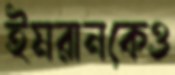
ইমরানকেও